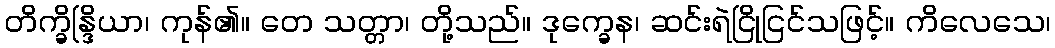
တိက္ခိန္ဒြိယာ၊ ကုန်၏။ တေ သတ္တာ၊ တို့သည်။ ဒုက္ခေန၊ ဆင်းရဲငြိုငြင်သဖြင့်။ ကိလေသေ၊